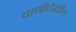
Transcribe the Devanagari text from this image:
वाणीदेखील